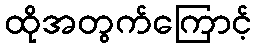
ထိုအတွက်ကြောင့်